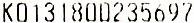
K0131800235697